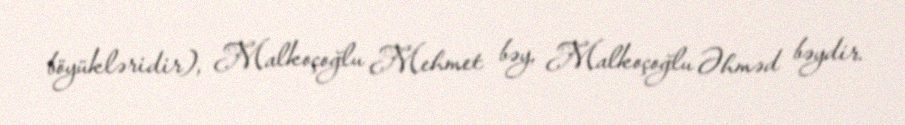
böyükləridir), Malkoçoğlu Mehmet bəy, Malkoçoğlu Əhməd bəydir.